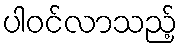
ပါဝင်လာသည့်